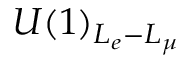
U ( 1 ) _ { L _ { e } - L _ { \mu } }